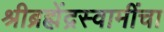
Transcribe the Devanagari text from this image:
श्रीब्रह्मेंद्रस्वामींचा